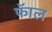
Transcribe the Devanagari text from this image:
फॅाल